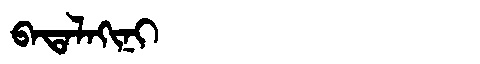
Manchu: ᠪᠠᡨᠠᠯᠠᡴᡳᠨᡳ
Romanization: BATALAKINI